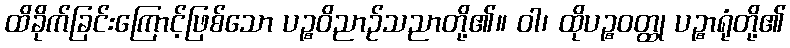
ထိခိုက်ခြင်းကြောင့်ဖြစ်သော ပဉ္စဝိညာဉ်သညာတို့၏။ ဝါ၊ ထိုပဉ္စဝတ္ထု ပဉ္စာရုံတို့၏